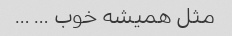
مثل همیشه خوب … …